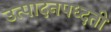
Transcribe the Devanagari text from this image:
उत्पादनपध्दती